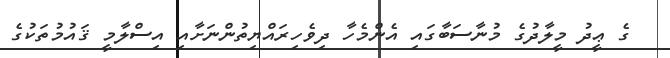
ގެ ޢީދު މީލާދުގެ މުނާސަބާގައި އެންމެހާ ދިވެހިރައްޔިތުންނަށާއި އިސްލާމީ ޤައުމުތަކުގެ